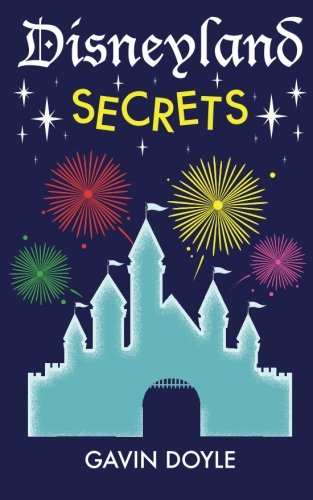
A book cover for Disneyland Secrets: A Grand Tour of Disneyland's Hidden Details; Gavin Doyle; Travel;